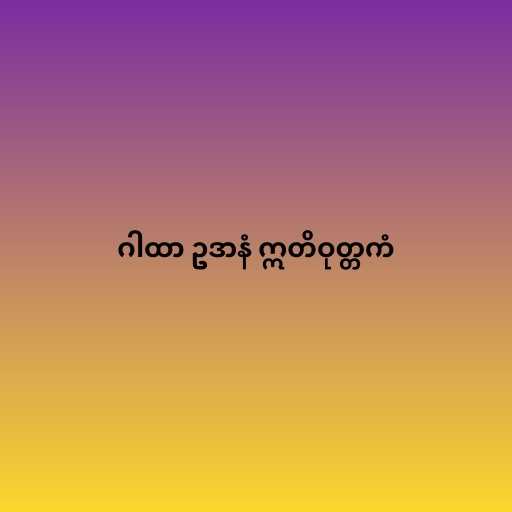
ဂါထာ ဥဒာနံ ဣတိဝုတ္တကံ